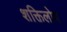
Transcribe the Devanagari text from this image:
शक्तिलोप